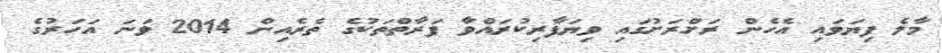
މާލެ ފިޔަވައި އެހެން ރަށްރަށުގައި ވިޔަފާރިކުރައްވާ ފަރާތްތަކުގެ ތެރެއިން 2014 ވަނަ އަހަރުގެ